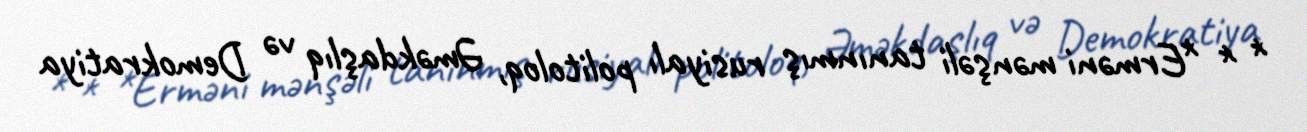
* * *Erməni mənşəli tanınmış rusiyalı politoloq, Əməkdaşlıq və Demokratiya